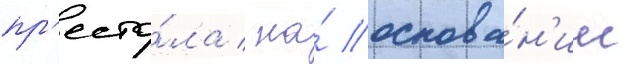
пр'есто́ла / на́ основа́н'ии